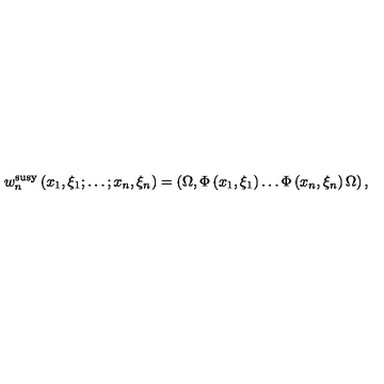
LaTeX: w _ { n } ^ { \mathrm { s u s y } } \left( x _ { 1 } , \xi _ { 1 } ; \ldots ; x _ { n } , \xi _ { n } \right) = \left( \Omega , \Phi \left( x _ { 1 } , \xi _ { 1 } \right) \ldots \Phi \left( x _ { n } , \xi _ { n } \right) \Omega \right) ,